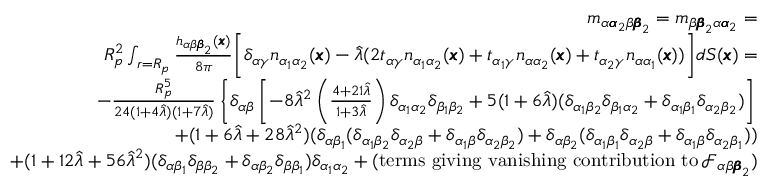
\begin{array} { r l r } & { } & { m _ { \alpha { \pmb \alpha } _ { 2 } \beta { \pmb \beta } _ { 2 } } = m _ { \beta { \pmb \beta } _ { 2 } \alpha { \pmb \alpha } _ { 2 } } = } \\ & { } & { R _ { p } ^ { 2 } \int _ { r = R _ { p } } \frac { h _ { \alpha \beta { \pmb \beta } _ { 2 } } ( { \pmb x } ) } { 8 \pi } \bigg [ \delta _ { \alpha \gamma } n _ { \alpha _ { 1 } \alpha _ { 2 } } ( { \pmb x } ) - \hat { \lambda } ( 2 t _ { \alpha \gamma } n _ { \alpha _ { 1 } \alpha _ { 2 } } ( \pmb x ) + t _ { \alpha _ { 1 } \gamma } n _ { \alpha \alpha _ { 2 } } ( \pmb x ) + t _ { \alpha _ { 2 } \gamma } n _ { \alpha \alpha _ { 1 } } ( \pmb x ) ) \bigg ] d S ( { \pmb x } ) = } \\ & { } & { - \frac { R _ { p } ^ { 5 } } { 2 4 ( 1 + 4 \hat { \lambda } ) ( 1 + 7 \hat { \lambda } ) } \left\{ \delta _ { \alpha \beta } \left[ - 8 \hat { \lambda } ^ { 2 } \left( \frac { 4 + 2 1 \hat { \lambda } } { 1 + 3 \hat { \lambda } } \right) \delta _ { \alpha _ { 1 } \alpha _ { 2 } } \delta _ { \beta _ { 1 } \beta _ { 2 } } + 5 ( 1 + 6 \hat { \lambda } ) ( \delta _ { \alpha _ { 1 } \beta _ { 2 } } \delta _ { \beta _ { 1 } \alpha _ { 2 } } + \delta _ { \alpha _ { 1 } \beta _ { 1 } } \delta _ { \alpha _ { 2 } \beta _ { 2 } } ) \right] \right. } \\ & { } & { + ( 1 + 6 \hat { \lambda } + 2 8 \hat { \lambda } ^ { 2 } ) ( \delta _ { \alpha \beta _ { 1 } } ( \delta _ { \alpha _ { 1 } \beta _ { 2 } } \delta _ { \alpha _ { 2 } \beta } + \delta _ { \alpha _ { 1 } \beta } \delta _ { \alpha _ { 2 } \beta _ { 2 } } ) + \delta _ { \alpha \beta _ { 2 } } ( \delta _ { \alpha _ { 1 } \beta _ { 1 } } \delta _ { \alpha _ { 2 } \beta } + \delta _ { \alpha _ { 1 } \beta } \delta _ { \alpha _ { 2 } \beta _ { 1 } } ) ) } \\ & { } & { + ( 1 + 1 2 \hat { \lambda } + 5 6 \hat { \lambda } ^ { 2 } ) ( \delta _ { \alpha \beta _ { 1 } } \delta _ { \beta \beta _ { 2 } } + \delta _ { \alpha \beta _ { 2 } } \delta _ { \beta \beta _ { 1 } } ) \delta _ { \alpha _ { 1 } \alpha _ { 2 } } + ( \mathrm { t e r m s ~ g i v i n g ~ v a n i s h i n g ~ c o n t r i b u t i o n ~ t o } \, \mathcal { F } _ { \alpha \beta { \pmb \beta } _ { 2 } } ) } \end{array}